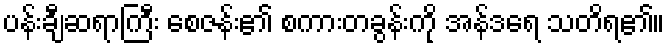
ပန်းချီဆရာကြီး စေဇန်း၏ စကားတခွန်းကို အန်ဒရေ သတိရ၏။